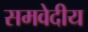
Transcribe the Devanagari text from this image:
समवेदीय